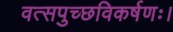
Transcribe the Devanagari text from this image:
वत्सपुच्छविकर्षणः।